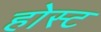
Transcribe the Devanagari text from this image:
होस्‍ट